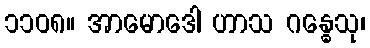
၁၁၀၈။ အာမောဒေါ ဟာသ ဂန္ဓေသု၊